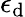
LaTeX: \epsilon_{\mathrm{d}}